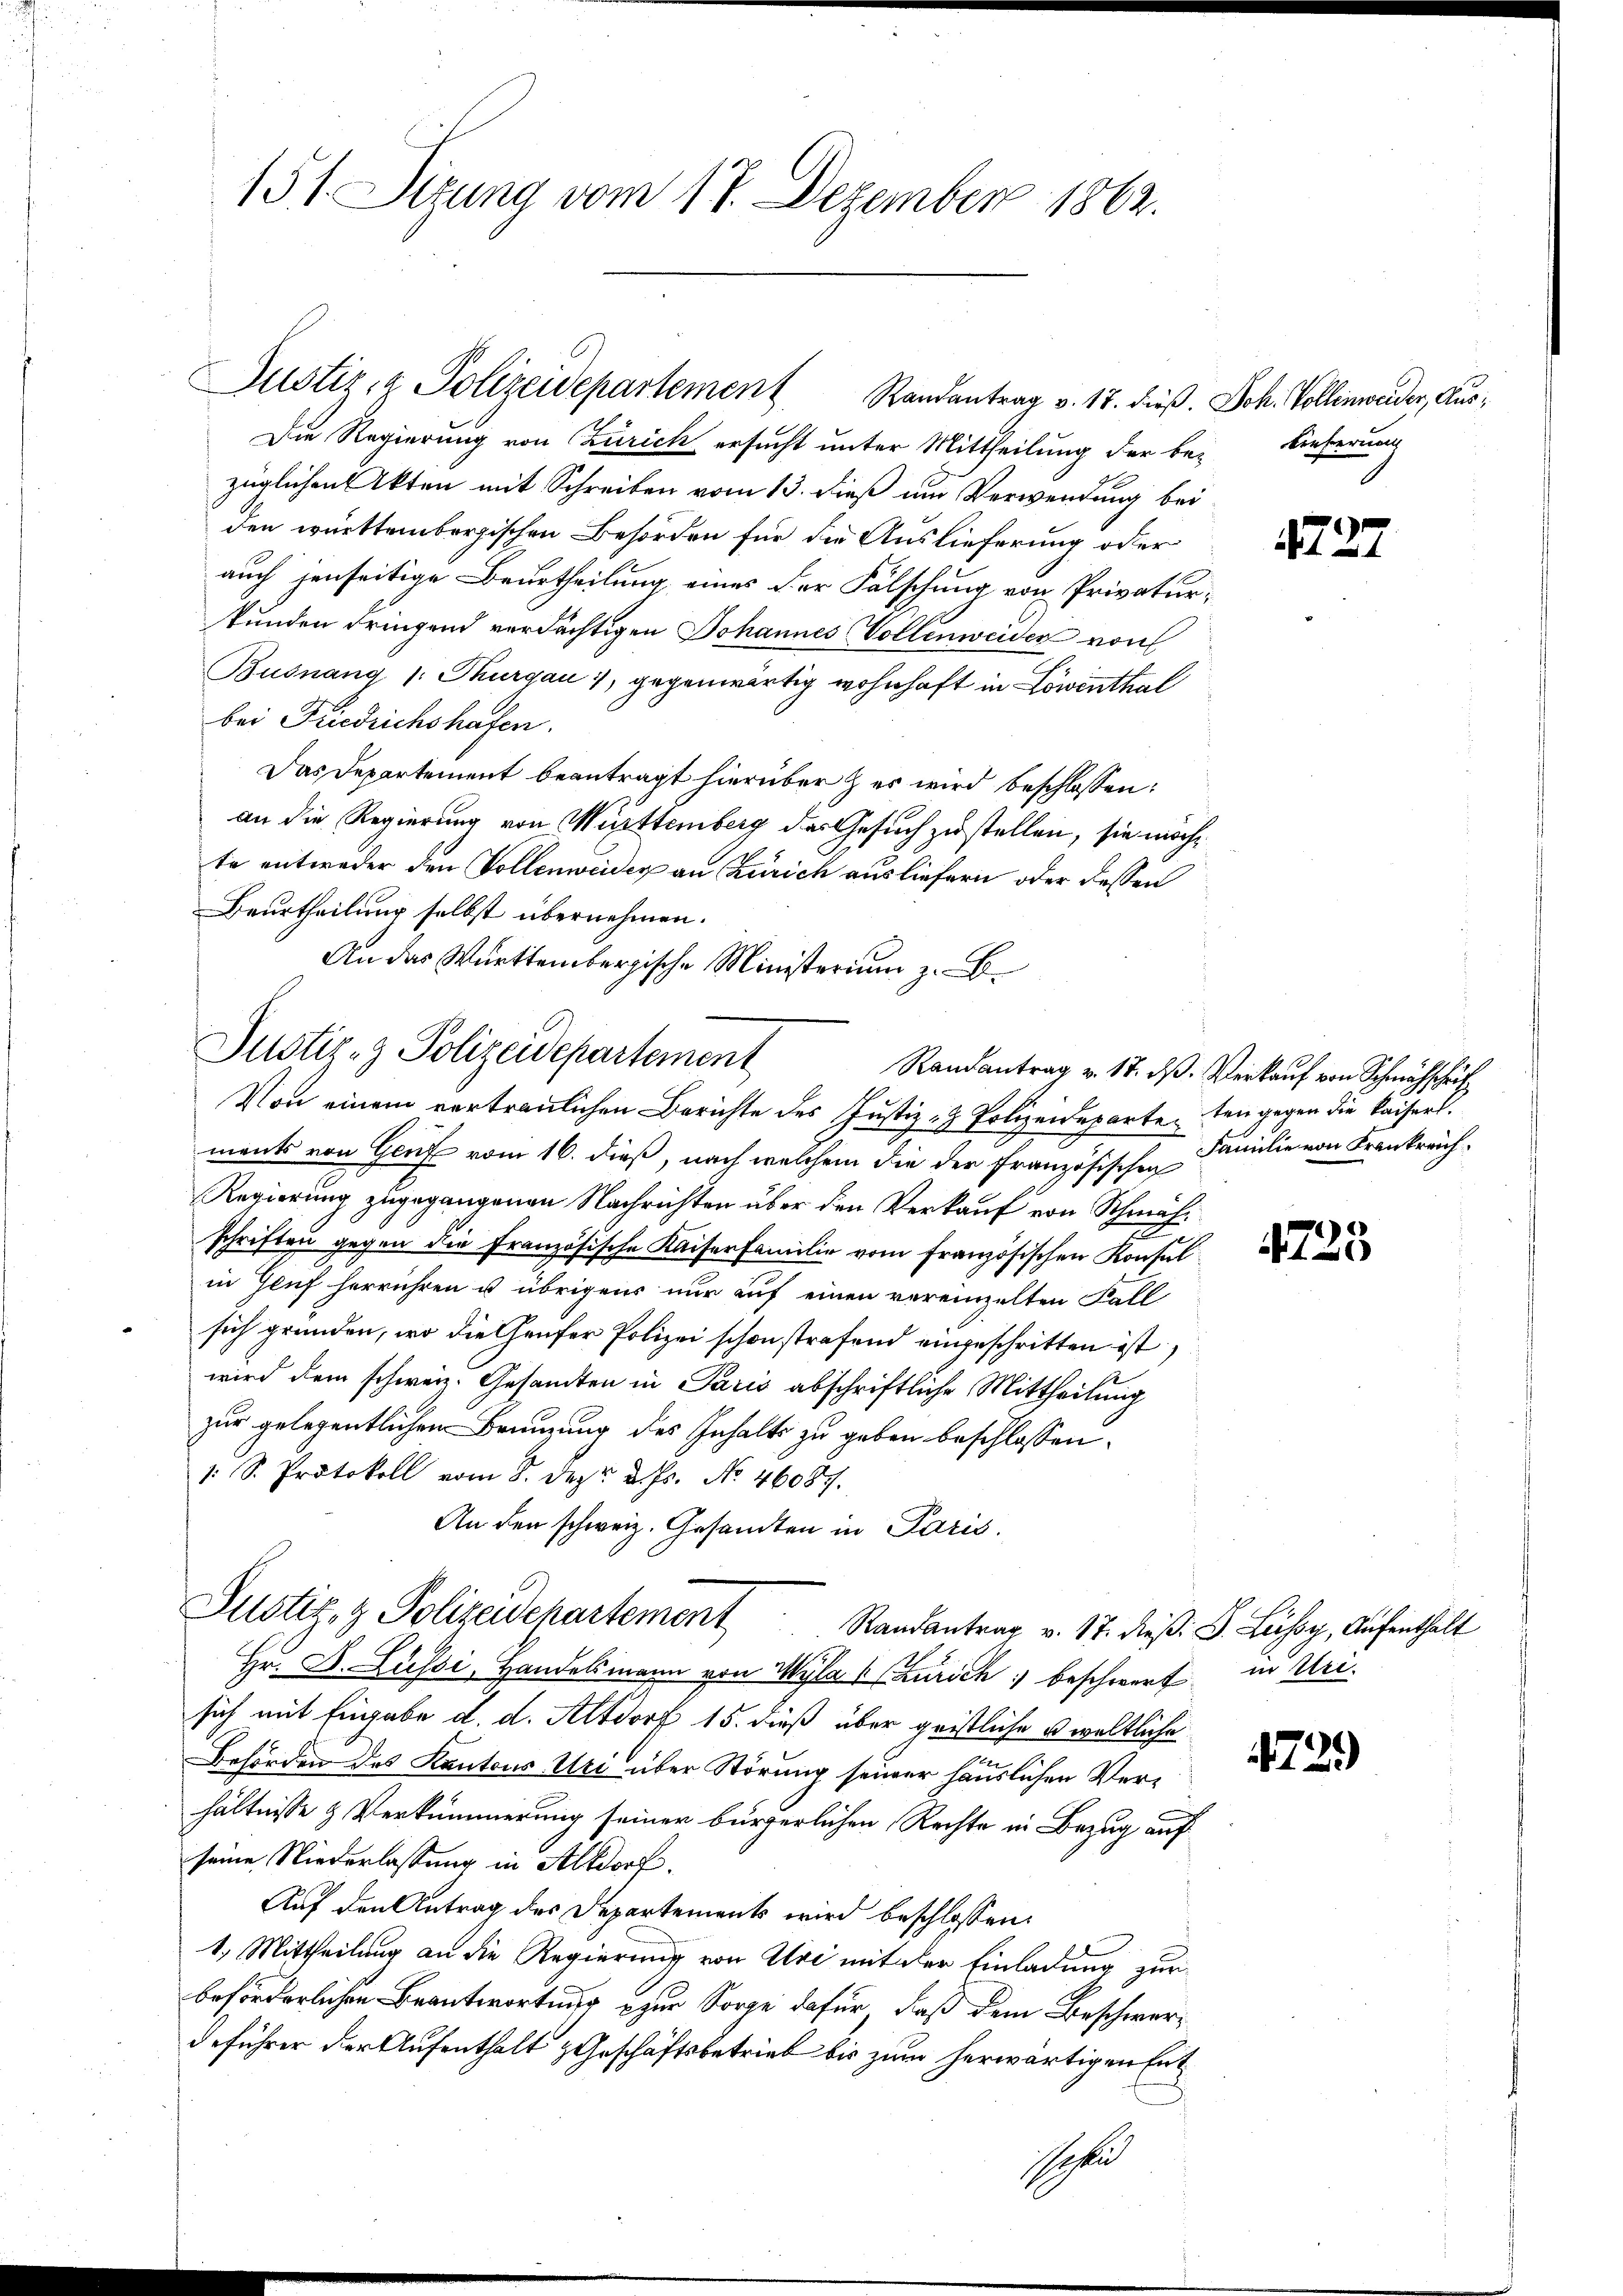
151. Situng vom 17. Dezember 1862.

Justiz- & Polizeidepartement Randantrag v. 18. dieß. Joh. Vollinweider, Aus¬

Die Regierung von Zürich ersucht unter Mittheilung der bei Lieferung
züglichen Akten mit Schreiben vom 13. dieß um Verwendung bei
den württembergischen Behörden für die Auslieferung oder
auch jenseitige Beurtheilung eines der Fälschung von Privaturtunden dringend verdächtigen Johannes Vollenweider von
Busnang (: Thurgau, gegenwärtig wohnhaft in Löwenthal
bei Friedrichshafen.
Das Departement beantragt hierüber & es wird beschlossen:
an die Regierung von Württemberg des Gesuch zustellen, sie möchte entweder den Vollenweiser an Zürich ausliefern oder dessen
Beurtheilung selbst übernehmen.
An das Württembergische Ministerium z. B.

Justiz- & Polizeidepartement
Randantrag v. 17. ds. Verkauf von Schmähschrif

Justiz- & Polizeidchartement Randantrag v. 17. dieß: B. Lessy, Aufenthalt

Von einem vertraulichen Berichte des Justiz- & Polizeideparteten gegen die kaiserl.
ments von Genf vom 16. dieß, nach welchem die der französischen Familie von Frankreich¬
Regierung zugegangenen Nachrichten über den Verkauf von Schmähschriften gegen die Französische Kaiserfamilie vom französischen Konsul
in Gluf herrühren u. übrigens nur auf einen vereinzelten Fall
sich gründen, wo die Genfer Polizei schon strafend eingeschritten ist,
wird dem schweiz. Gesandten in Paris abschriftliche Mittheilung
zur gelegentlichen Brunnung des Inhalts zu geben beschlossen.
1 S. Protokoll vom 8. Dez. d. Js. No. 46087.
An den schweiz. Gesamten in Paris.

Hr. B. Lüssi, Handelsmann von Wyla (Zürich beschwert in Urisich mit Eingabe d. d. Altdorf 15. dieß über geistliche u weltliche
Behörden des Kantons Uri über Störung seiner häuslichen Verhältnisse & Verkümmerung seiner bürgerlichen Rechte in Bezug auf
seine Niederlassung in Altdorf.
Auf den Antrag des Departements wird beschlossen:
1. Mittheilung an die Regierung von Uri mit der Einladung zur
beförderlichen Beantwortung zur Sorge dafür, daß dem Beschwerdeführer der Aufenthalt Geschäftsbetrieb bis zum herwärtigen Ent
Schu

1727

4725

739